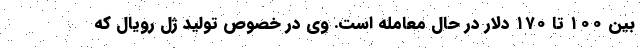
بین ۱۰۰ تا ۱۷۰ دلار در حال معامله است. وی در خصوص تولید ژل رویال که